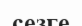
сезге